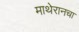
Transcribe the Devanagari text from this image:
माथेरानचा